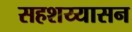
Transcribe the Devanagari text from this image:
सहशय्यासन